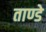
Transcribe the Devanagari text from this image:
ताण्डे